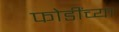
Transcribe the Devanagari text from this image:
फोडींच्या